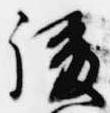
後